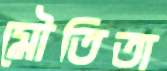
মৌতিতা